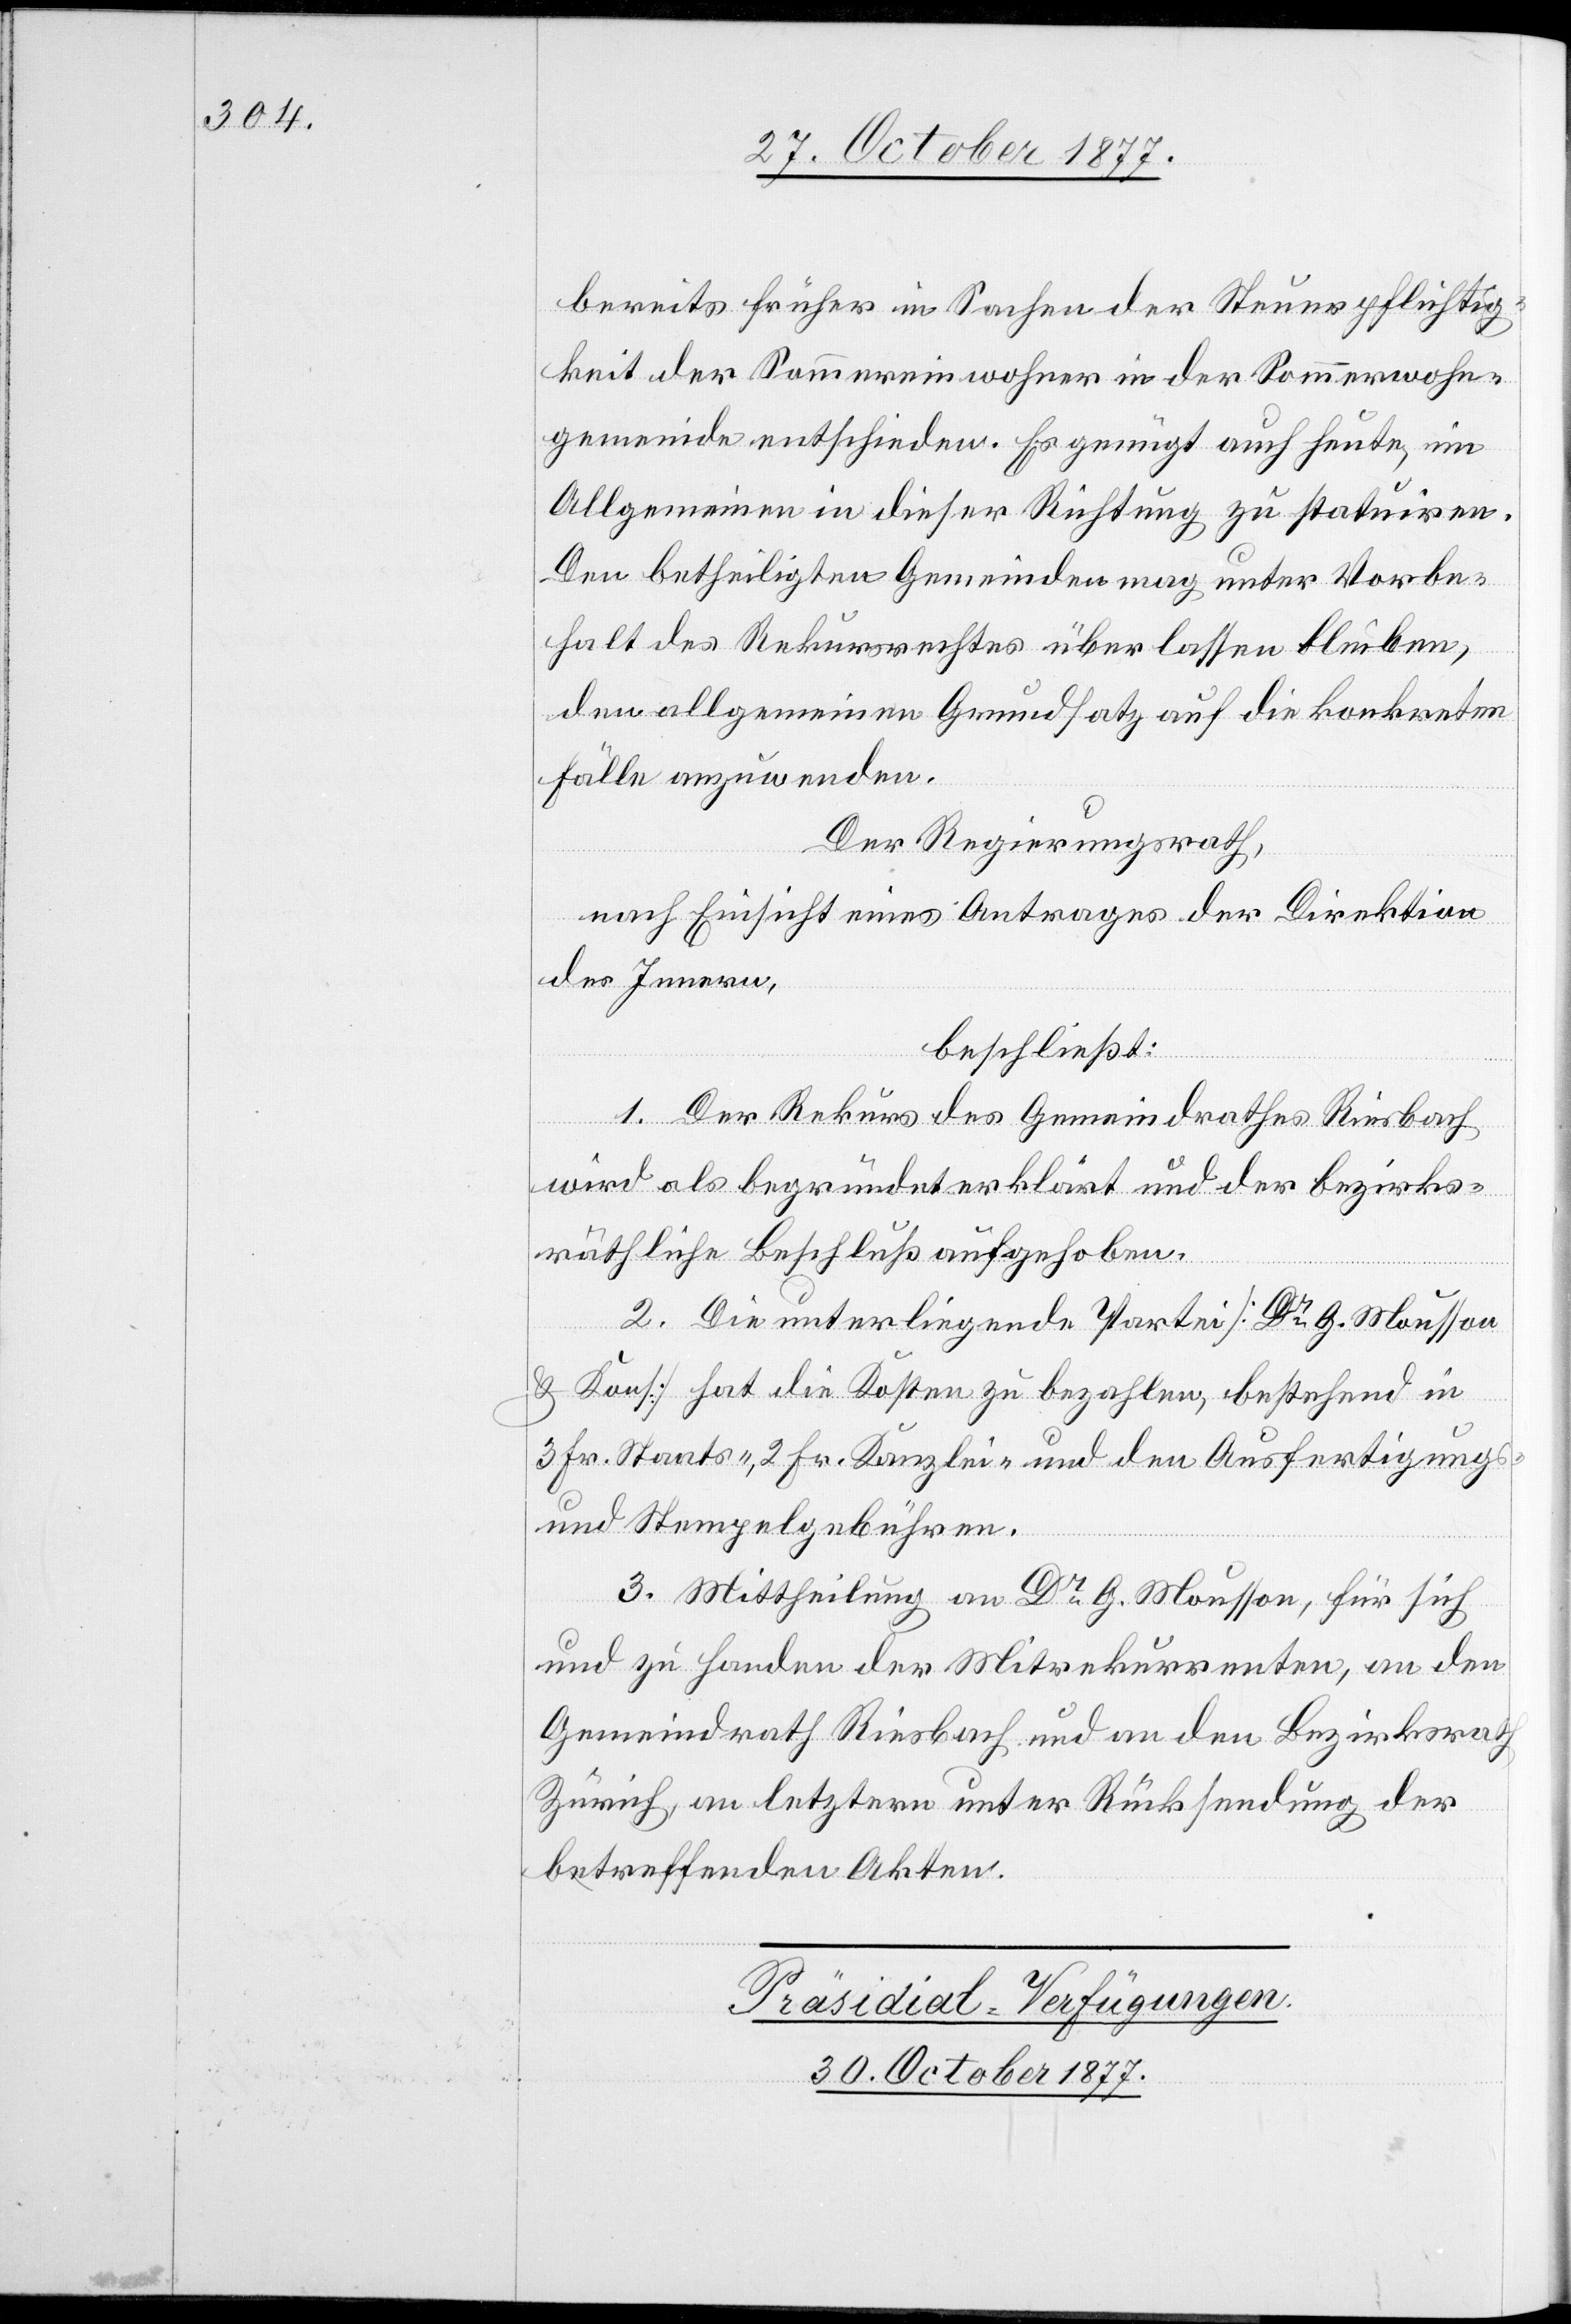
bereits früher in Sachen der Steuerpflichtig¬
keit der Sommereinwohner in der Sommerwohn¬
gemeinde entschieden. Es genügt auch heute, im
Allgemeinen in dieser Richtung zu statuiren.
Den betheiligten Gemeinden mag unter Vorbe¬
halt des Rekursrechtes überlassen bleiben,
den allgemeinen Grundsatz auf die konkreten
Fälle anzuwenden.
Der Regierungsrath,
nach Einsicht eines Antrages der Direktion
des Innern,
beschließt:
1. Der Rekurs des Gemeindrathes Riesbach
wird als begründet erklärt und der bezirks¬
räthliche Beschluß aufgehoben.
2. Die unterliegende Partei [Dr G. Mousson
& Kons.] hat die Kosten zu bezahlen, bestehend in
3 Fr. Staats-, 2 Fr. Kanzlei- und den Ausfertigungs-
und Stempelgebühren.
3. Mittheilung an Dr G. Mousson, für sich
und zu Handen der Mitrekurrenten, an den
Gemeindrath Riesbach und an den Bezirksrath
Zürich, an letztern unter Rücksendung der
betreffenden Akten.
Präsidial-Verfügungen.
30. October 1877.